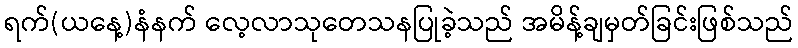
ရက်(ယနေ့)နံနက် လေ့လာသုတေသနပြုခဲ့သည် အမိန့်ချမှတ်ခြင်းဖြစ်သည်